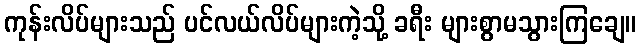
ကုန်းလိပ်များသည် ပင်လယ်လိပ်များကဲ့သို့ ခရီး များစွာမသွားကြချေ။